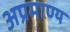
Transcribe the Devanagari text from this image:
अप्रमाण्‍य